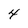
Character: 4